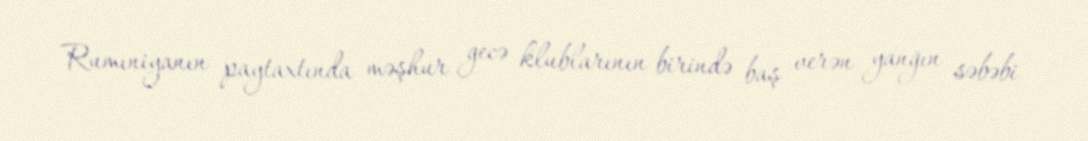
Rumıniyanın paytaxtında məşhur gecə klublarının birində baş verən yanğın səbəbi